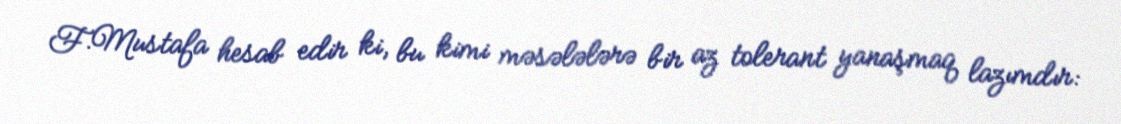
F.Mustafa hesab edir ki, bu kimi məsələlərə bir az tolerant yanaşmaq lazımdır: